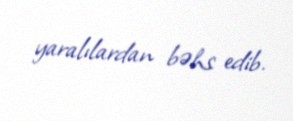
yaralılardan bəhs edib.